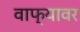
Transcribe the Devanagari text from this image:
वाफ्यावर